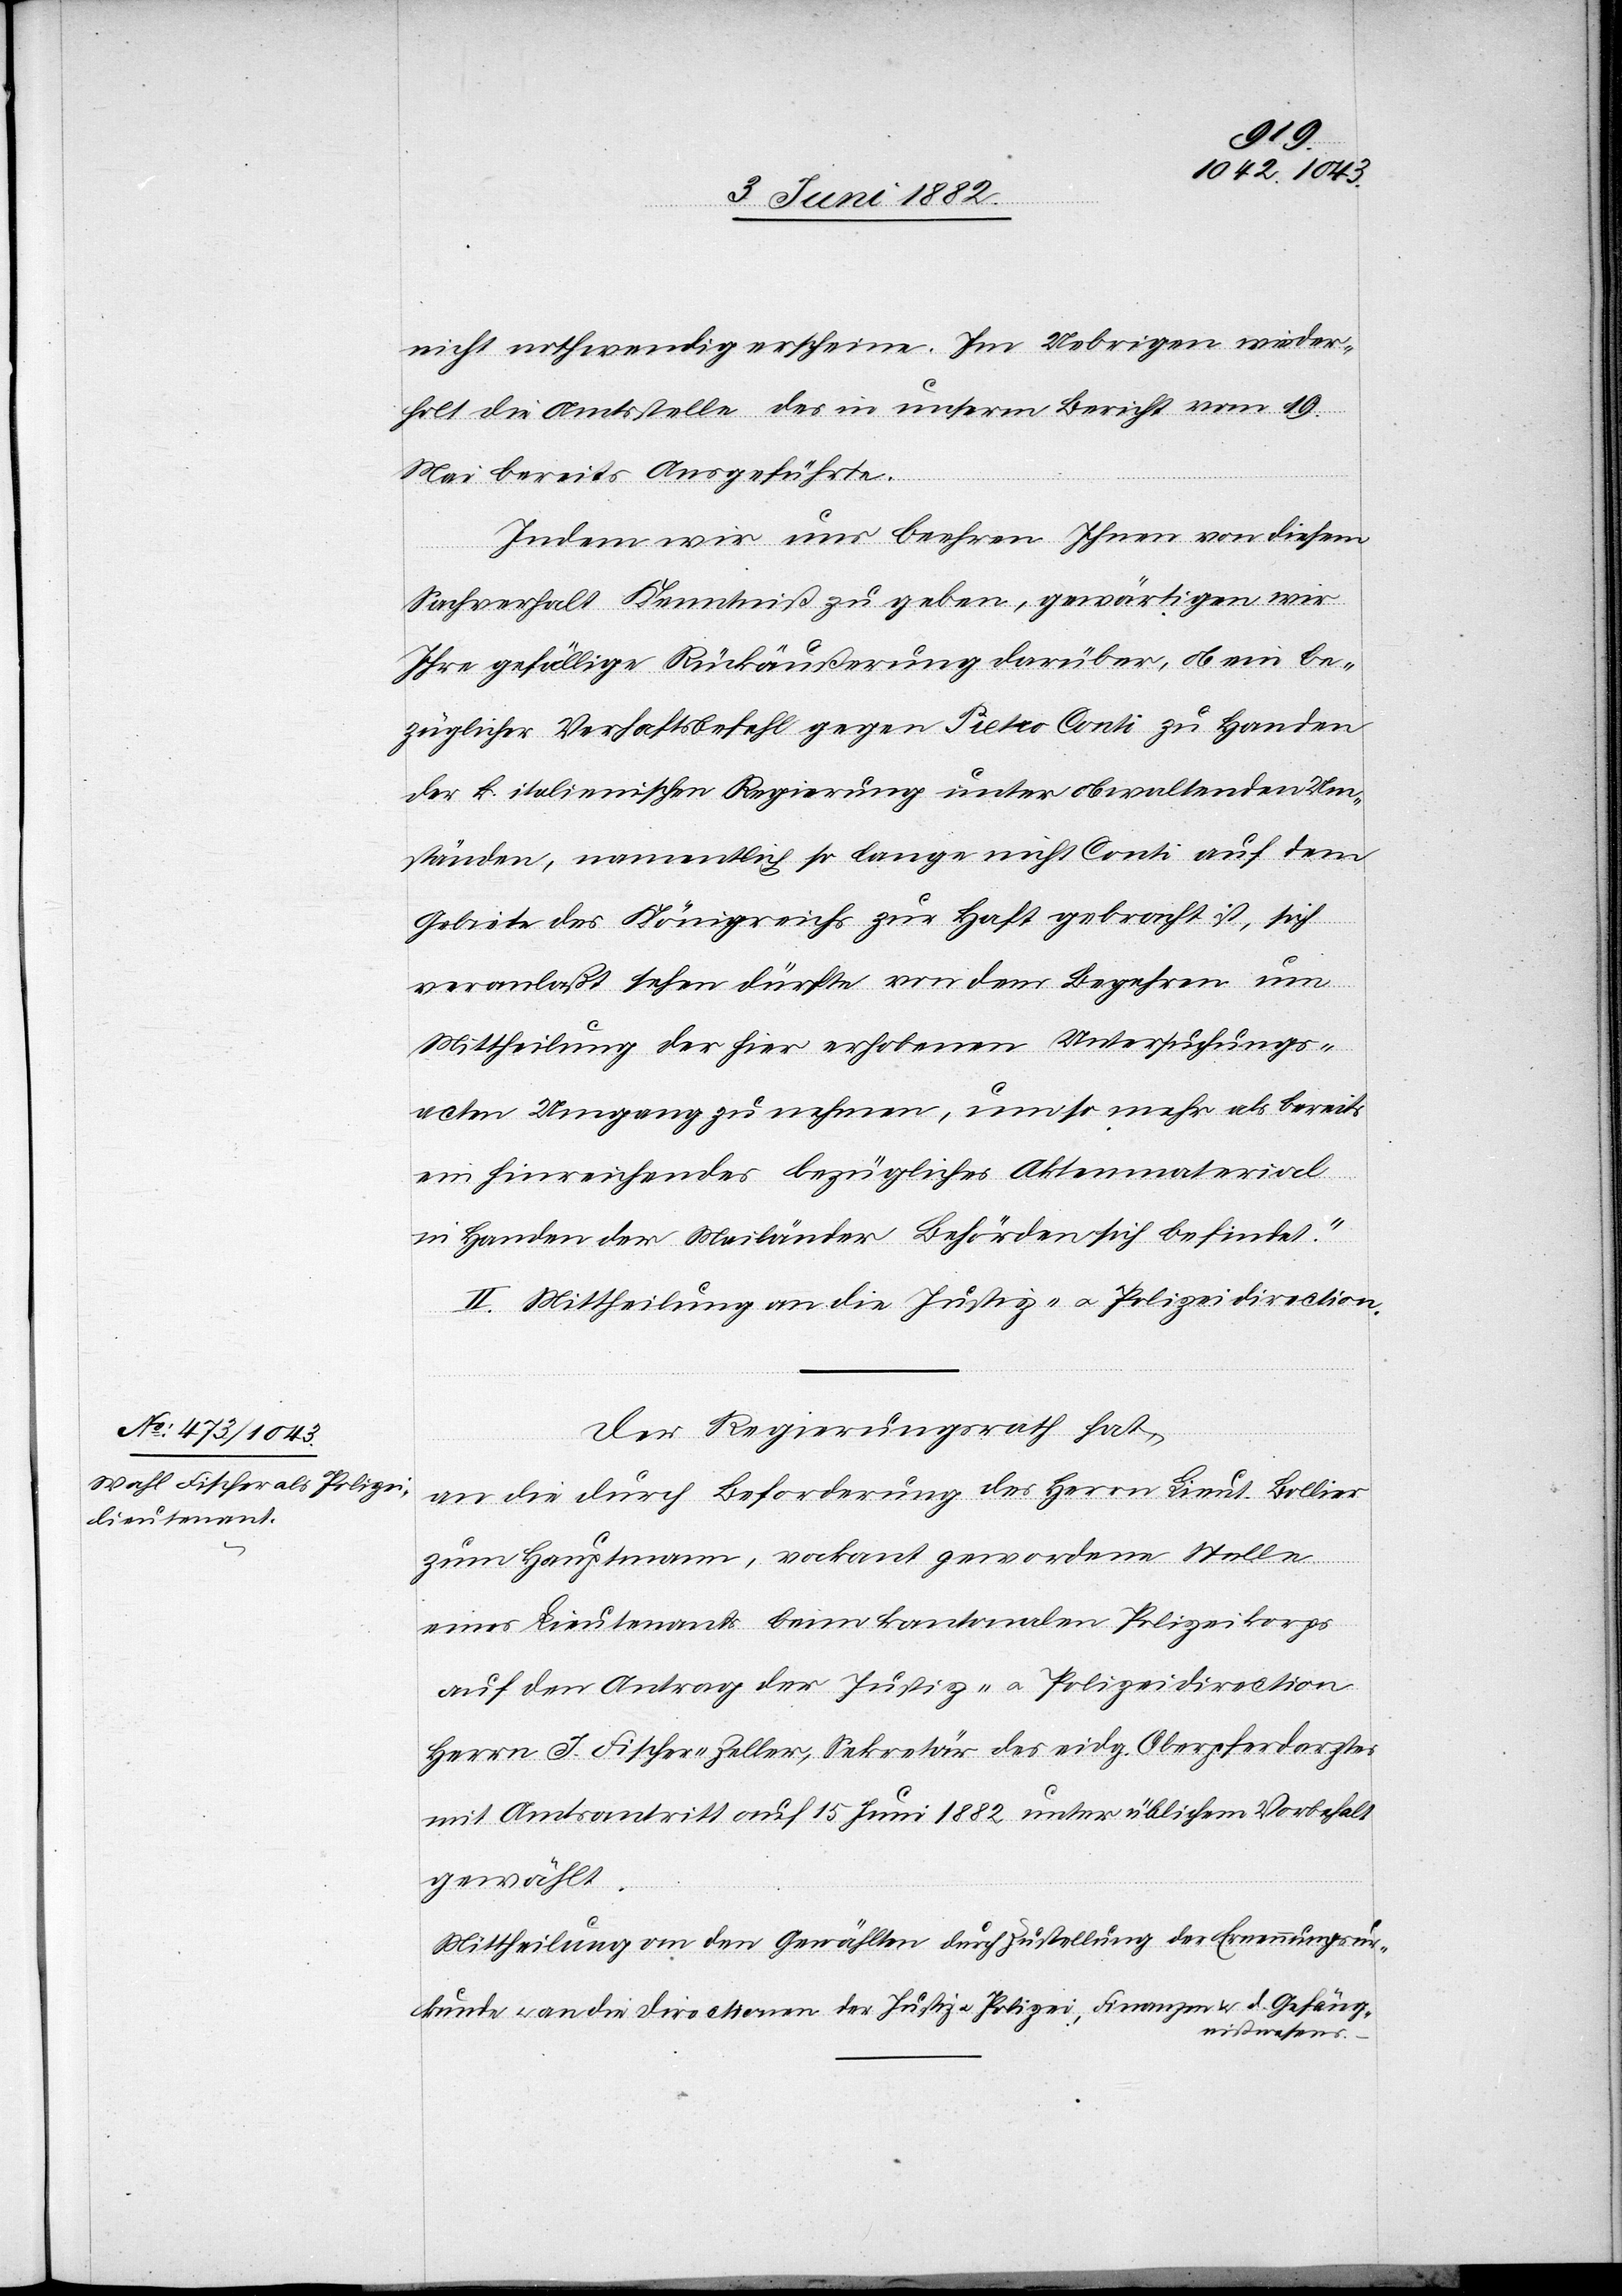
nicht nothwendig erscheine. Im Uebrigen wieder¬
holt die Amtsstelle das in unserm Bericht vom 19.
Mai bereits angeführte.
Indem wir uns beehren Ihnen von diesem
Sachverhalt Kenntniß zu geben, gewärtigen wir
Ihre gefällige Rückäußerung darüber, ob ein be¬
züglicher Verhaftsbefehl gegen Pietro Conti zu Handen
der k. italienischen Regierung unter obwaltenden Um¬
ständen, namentlich so lange nicht Conti auf dem
Gebiete des Königreichs zur Haft gebracht ist, sich
veranlaßt sehen dürfte von dem Begehren um
Mittheilung der hier erhobenen Untersuchungs¬
acten Umgang zu nehmen [sic!], umso mehr als bereit¬
s hinreichendes bezügliches Aktenmaterial
in Handen der Mailänder Behörden sich befindet.“
II. Mittheilung an die Justiz- u. Polizeidirection.
Der Regierungsrath hat,
an die durch Beförderung des Herrn Lieut. Bollier
zum Hauptmann, vakant gewordene Stelle
eines Lieutnants beim kantonalen Polizeikorps
auf den Antrag der Justiz- u. Polizeidirection,
Herrn J. Fischer-Zeller, Sekretär des eidg. Oberpferdarztes
mit Amtsantritt auf 15. Juni 1882 unter üblichem Vorbehalt
gewählt.
Mittheilung an den Gewählten durch Zustellung der Ernennungsur¬
kunde u. an die Directionen der Justiz u. Polizei, Finanzen & d. Gefäng¬
nißwesens.